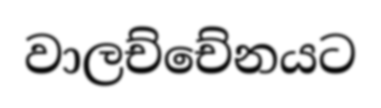
වාලච්චේනයට